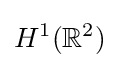
H^{1}(\mathbb {R} ^{2})